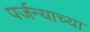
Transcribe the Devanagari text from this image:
पर्जन्याच्या